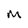
Character: m